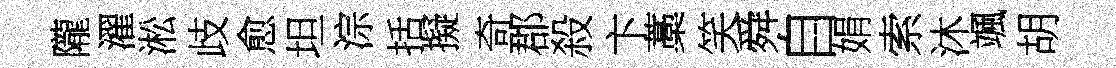
隴濯淞歧愈坦淙括擬奇郡殺卞藁笑舜自娟索沐颯胡